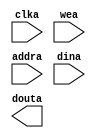
module Data_Mem(
  clka,
  wea,
  addra,
  dina,
  douta
);

input clka;
input [0 : 0] wea;
input [9 : 0] addra;
input [31 : 0] dina;
output [31 : 0] douta;

// synthesis translate_off

  BLK_MEM_GEN_V7_3 #(
    .C_ADDRA_WIDTH(10),
    .C_ADDRB_WIDTH(10),
    .C_ALGORITHM(1),
    .C_AXI_ID_WIDTH(4),
    .C_AXI_SLAVE_TYPE(0),
    .C_AXI_TYPE(1),
    .C_BYTE_SIZE(9),
    .C_COMMON_CLK(0),
    .C_DEFAULT_DATA("0"),
    .C_DISABLE_WARN_BHV_COLL(0),
    .C_DISABLE_WARN_BHV_RANGE(0),
    .C_ENABLE_32BIT_ADDRESS(0),
    .C_FAMILY("spartan3"),
    .C_HAS_AXI_ID(0),
    .C_HAS_ENA(0),
    .C_HAS_ENB(0),
    .C_HAS_INJECTERR(0),
    .C_HAS_MEM_OUTPUT_REGS_A(0),
    .C_HAS_MEM_OUTPUT_REGS_B(0),
    .C_HAS_MUX_OUTPUT_REGS_A(0),
    .C_HAS_MUX_OUTPUT_REGS_B(0),
    .C_HAS_REGCEA(0),
    .C_HAS_REGCEB(0),
    .C_HAS_RSTA(0),
    .C_HAS_RSTB(0),
    .C_HAS_SOFTECC_INPUT_REGS_A(0),
    .C_HAS_SOFTECC_OUTPUT_REGS_B(0),
    .C_INIT_FILE("BlankString"),
    .C_INIT_FILE_NAME("Data_Mem.mif"),
    .C_INITA_VAL("0"),
    .C_INITB_VAL("0"),
    .C_INTERFACE_TYPE(0),
    .C_LOAD_INIT_FILE(1),
    .C_MEM_TYPE(0),
    .C_MUX_PIPELINE_STAGES(0),
    .C_PRIM_TYPE(1),
    .C_READ_DEPTH_A(1024),
    .C_READ_DEPTH_B(1024),
    .C_READ_WIDTH_A(32),
    .C_READ_WIDTH_B(32),
    .C_RST_PRIORITY_A("CE"),
    .C_RST_PRIORITY_B("CE"),
    .C_RST_TYPE("SYNC"),
    .C_RSTRAM_A(0),
    .C_RSTRAM_B(0),
    .C_SIM_COLLISION_CHECK("ALL"),
    .C_USE_BRAM_BLOCK(0),
    .C_USE_BYTE_WEA(0),
    .C_USE_BYTE_WEB(0),
    .C_USE_DEFAULT_DATA(0),
    .C_USE_ECC(0),
    .C_USE_SOFTECC(0),
    .C_WEA_WIDTH(1),
    .C_WEB_WIDTH(1),
    .C_WRITE_DEPTH_A(1024),
    .C_WRITE_DEPTH_B(1024),
    .C_WRITE_MODE_A("WRITE_FIRST"),
    .C_WRITE_MODE_B("WRITE_FIRST"),
    .C_WRITE_WIDTH_A(32),
    .C_WRITE_WIDTH_B(32),
    .C_XDEVICEFAMILY("spartan3e")
  )
  inst (
    .CLKA(clka),
    .WEA(wea),
    .ADDRA(addra),
    .DINA(dina),
    .DOUTA(douta),
    .RSTA(),
    .ENA(),
    .REGCEA(),
    .CLKB(),
    .RSTB(),
    .ENB(),
    .REGCEB(),
    .WEB(),
    .ADDRB(),
    .DINB(),
    .DOUTB(),
    .INJECTSBITERR(),
    .INJECTDBITERR(),
    .SBITERR(),
    .DBITERR(),
    .RDADDRECC(),
    .S_ACLK(),
    .S_ARESETN(),
    .S_AXI_AWID(),
    .S_AXI_AWADDR(),
    .S_AXI_AWLEN(),
    .S_AXI_AWSIZE(),
    .S_AXI_AWBURST(),
    .S_AXI_AWVALID(),
    .S_AXI_AWREADY(),
    .S_AXI_WDATA(),
    .S_AXI_WSTRB(),
    .S_AXI_WLAST(),
    .S_AXI_WVALID(),
    .S_AXI_WREADY(),
    .S_AXI_BID(),
    .S_AXI_BRESP(),
    .S_AXI_BVALID(),
    .S_AXI_BREADY(),
    .S_AXI_ARID(),
    .S_AXI_ARADDR(),
    .S_AXI_ARLEN(),
    .S_AXI_ARSIZE(),
    .S_AXI_ARBURST(),
    .S_AXI_ARVALID(),
    .S_AXI_ARREADY(),
    .S_AXI_RID(),
    .S_AXI_RDATA(),
    .S_AXI_RRESP(),
    .S_AXI_RLAST(),
    .S_AXI_RVALID(),
    .S_AXI_RREADY(),
    .S_AXI_INJECTSBITERR(),
    .S_AXI_INJECTDBITERR(),
    .S_AXI_SBITERR(),
    .S_AXI_DBITERR(),
    .S_AXI_RDADDRECC()
  );

// synthesis translate_on

endmodule